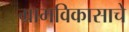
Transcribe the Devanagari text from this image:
ग्रामविकासाचे